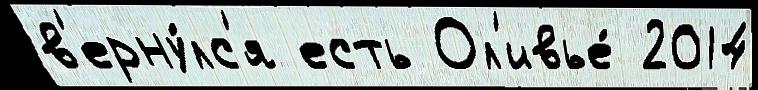
в'ерну́лс'я есть Ол'ивье́ 2014